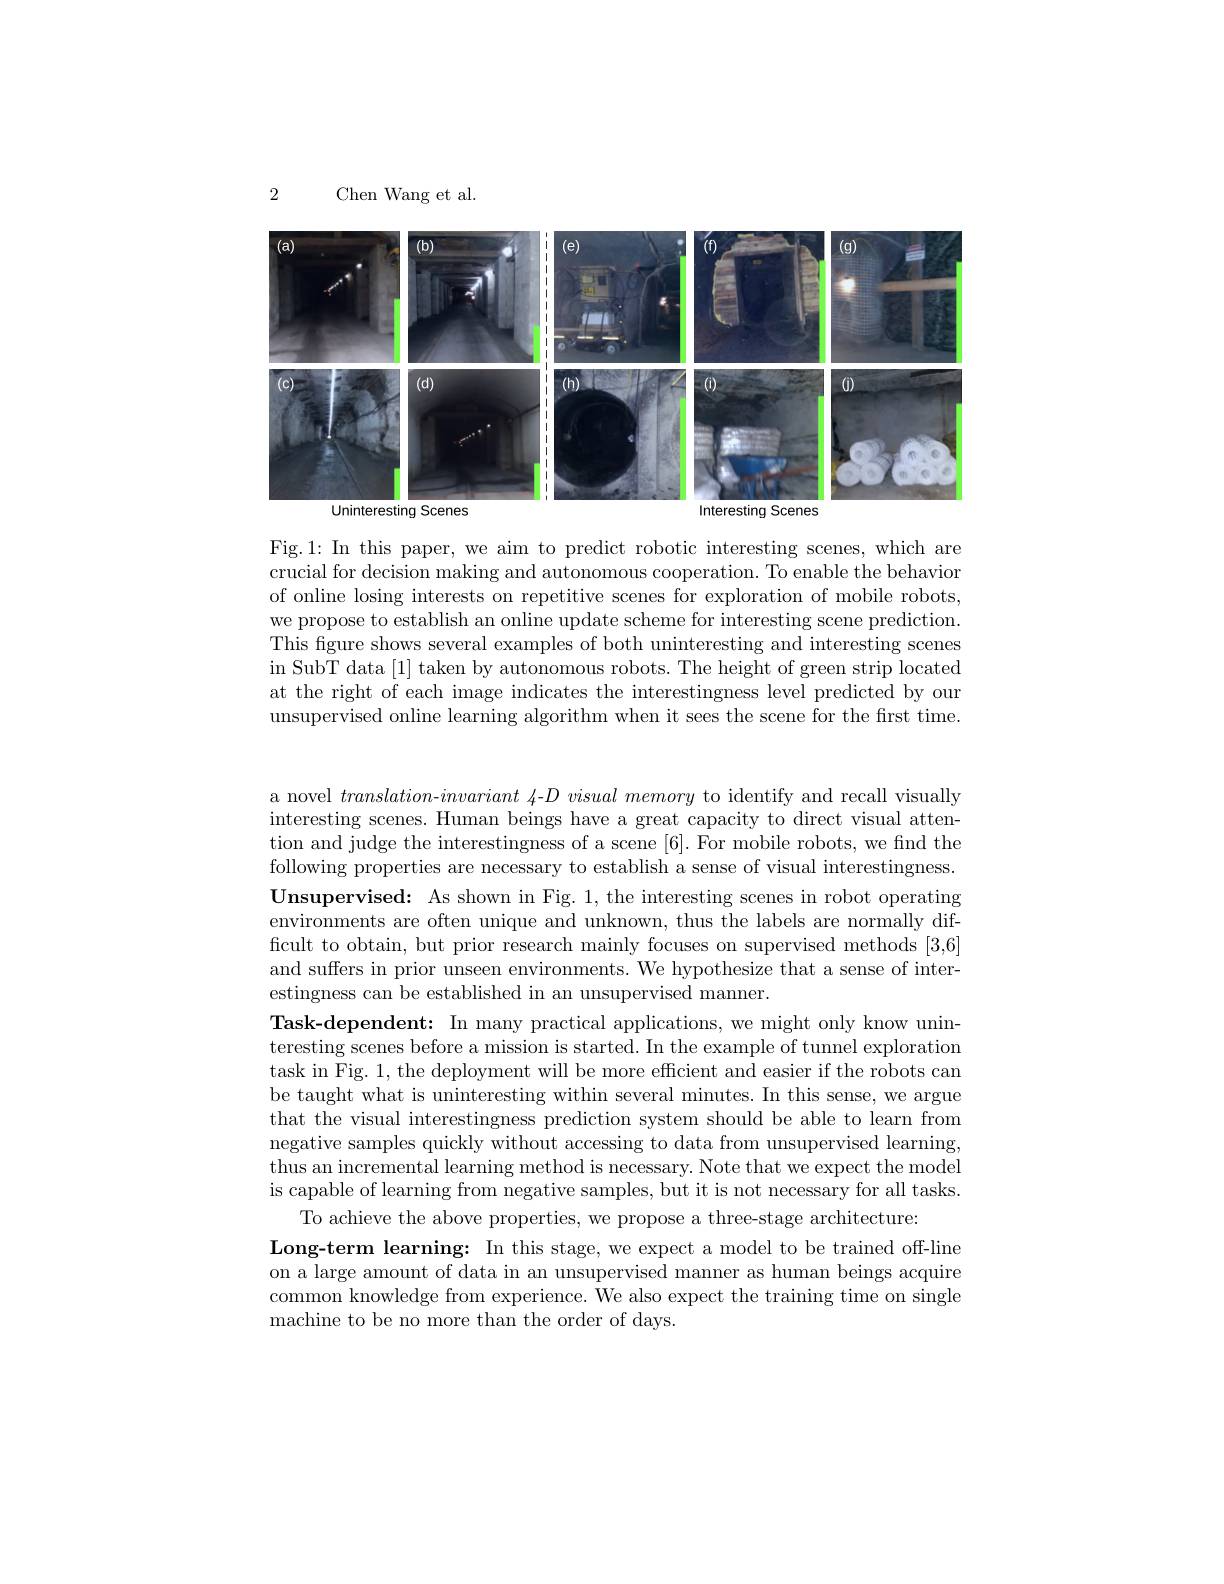
2

Chen Wang et al.

<FigureHere>
Interesting Scenes

Fig.1: In this paper, we aim to predict robotic interesting scenes, which are crucial for decision making and autonomous cooperation. To enable the behavior of online losing interests on repetitive scenes for exploration of mobile robots, we propose to establish an online update scheme for interesting scene prediction. This figure shows several examples of both uninteresting and interesting scenes in SubT data [1] taken by autonomous robots. The height of green strip located at the right of each image indicates the interestingness level predicted by our unsupervised online learning algorithm when it sees the scene for the first time.

a novel $translation-invariant$ 4-D visual memory to identify and recall visually interesting scenes. Human beings have a great capacity to direct visual attention and judge the interestingness of a scene [6]. For mobile robots, we find the following properties are necessary to establish a sense of visual interestingness. Unsupervised: As shown in Fig. 1, the interesting scenes in robot operating environments are often unique and unknown, thus the labels are normally difficult to obtain, but prior research mainly focuses on supervised methods [3,6] and suffers in prior unseen environments. We hypothesize that a sense of interestingness can be established in an unsupervised manner.
Task-dependent: In many practical applications, we might only know uninteresting scenes before a mission is started. In the example of tunnel exploration task in Fig. 1, the deployment will be more efficient and easier if the robots can be taught what is uninteresting within several minutes. In this sense, we argue that the visual interestingness prediction system should be able to learn from negative samples quickly without accessing to data from unsupervised learning, thus an incremental learning method is necessary. Note that we expect the model is capable of learning from negative samples, but it is not necessary for all tasks
To achieve the above properties, we propose a three-stage architecture:
Long-term learning: In this stage, we expect a model to be trained off-line on a large amount of data in an unsupervised manner as human beings acquire common knowledge from experience. We also expect the training time on single machine to be no more than the order of days.